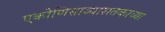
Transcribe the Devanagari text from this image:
एकोणिसाव्याशतकाच्या